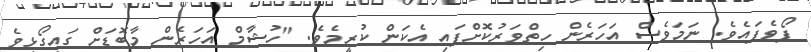
ފޯވެފައެވެ. ނަމަވެސް އަހަރެން ހިތްވަރުކޮށްފައި އެކަން ކުރީމެވެ. "ހުޝާމް އަހަރެން މާބޮޑަށް ގައިގޯޅިވެ